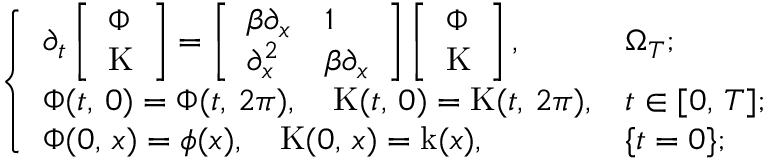
\left\{ \begin{array} { l l } { \partial _ { t } \left[ \begin{array} { l } { \Phi } \\ { \mathrm { K } } \end{array} \right] = \left[ \begin{array} { l l } { \beta \partial _ { x } } & { 1 } \\ { \partial _ { x } ^ { 2 } } & { \beta \partial _ { x } } \end{array} \right] \left[ \begin{array} { l } { \Phi } \\ { \mathrm { K } } \end{array} \right] , } & { \Omega _ { T } ; } \\ { \Phi ( t , \, 0 ) = \Phi ( t , \, 2 \pi ) , \quad \mathrm { K } ( t , \, 0 ) = \mathrm { K } ( t , \, 2 \pi ) , } & { t \in [ 0 , \, T ] ; } \\ { \Phi ( 0 , \, x ) = \phi ( x ) , \quad \mathrm { K } ( 0 , \, x ) = \mathrm { k } ( x ) , } & { \{ t = 0 \} ; } \end{array} \right.